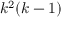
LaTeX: k ^ { 2 } ( k - 1 )